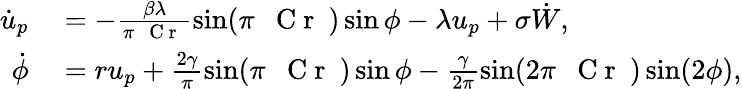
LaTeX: \begin{array}{rl}{\dot{u}_{p}}&{{}=-\frac{\beta\lambda}{\pi\mathrm{~\textit~{~C~r~}~}}\sin(\pi\mathrm{~\textit~{~C~r~}~})\sin\phi-\lambda u_{p}+\sigma\dot{W},}\\ {\dot{\phi}}&{{}=ru_{p}+\frac{2\gamma}{\pi}\sin(\pi\mathrm{~\textit~{~C~r~}~})\sin\phi-\frac{\gamma}{2\pi}\sin(2\pi\mathrm{~\textit~{~C~r~}~})\sin(2\phi),}\end{array}